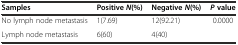
<table><thead><tr><td><b>Samples</b></td><td><b>Positive<i>N</i>(%)</b></td><td><b>Negative<i>N</i>(%)</b></td><td><b><i>P</i>value</b></td></tr></thead><tbody><tr><td>No lymph node metastasis</td><td>1(7.69)</td><td>12(92.21)</td><td>0.0000</td></tr><tr><td>Lymph node metastasis</td><td>6(60)</td><td>4(40)</td><td></td></tr></tbody></table>